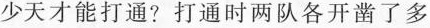
少天才能打通?打通时两队各开凿了多